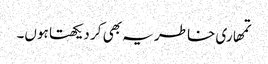
تمھاری خاطر یہ بھی کر دیکھتا ہوں۔